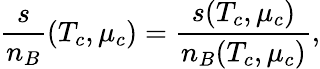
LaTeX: {\frac{s}{n_{B}}}(T_{c},\mu_{c})={\frac{s(T_{c},\mu_{c})}{n_{B}(T_{c},\mu_{c})}},